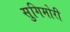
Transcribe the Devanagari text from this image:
सुगिमोरी